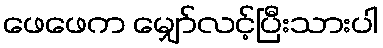
ဖေဖေက မျှော်လင့်ပြီးသားပါ